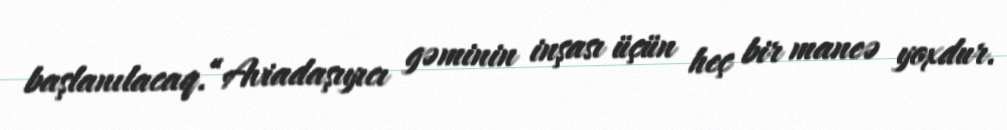
başlanılacaq.“Aviadaşıyıcı gəminin inşası üçün heç bir maneə yoxdur.